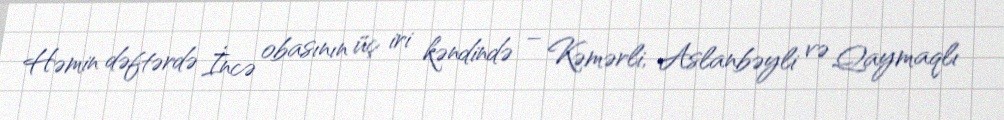
Həmin dəftərdə İncə obasının üç iri kəndində – Kəmərli, Aslanbəyli və Qaymaqlı